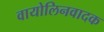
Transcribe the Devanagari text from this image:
वायोलिनवादक